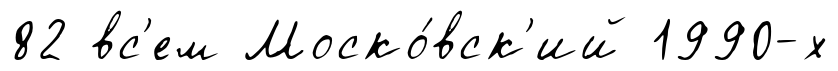
82 вс'ем Моско́вск'ий 1990-х